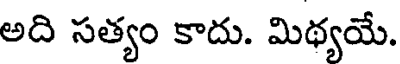
అది సత్యం కాదు. మిథ్యయే.